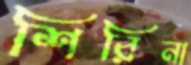
শিরিনা